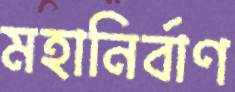
মহানির্বাণ